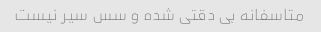
متاسفانه بی دقتی شده و سس سیر نیست